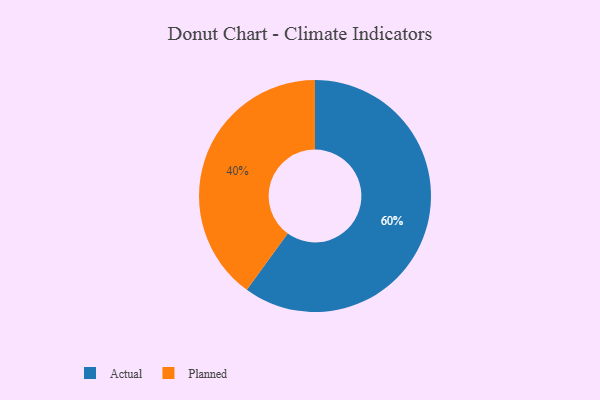
{"axis": {"x": "Category", "y": "Percentage"}, "legend": ["Actual", "Planned"], "data": [{"x": "Planned", "y": 40, "type": "Planned"}, {"x": "Actual", "y": 60, "type": "Actual"}]}